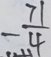
- \frac { 7 1 } { 4 }